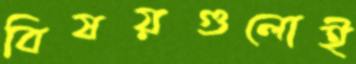
বিষয়গুলোই